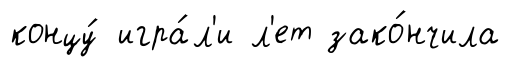
концу́ игра́л'и л'ет зако́нчила